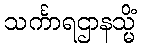
သင်္ကာရဌာနသ္မိံ